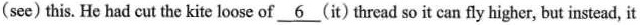
(see) this. He had cut the kite loose of \underline{6} (it) thread so it can fly higher, but instead, it